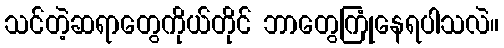
သင်တဲ့ဆရာတွေကိုယ်တိုင် ဘာတွေကြုံနေရပါသလဲ။